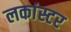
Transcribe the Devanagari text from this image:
लकांस्टर